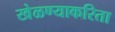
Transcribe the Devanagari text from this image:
खेळण्याकरिता